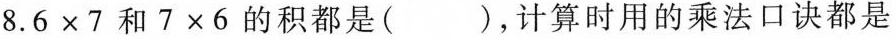
8. $$6 × 7$$和$$7 × 6$$的积都是( )，计算时用的乘法口诀都是